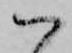
ハ